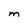
Character: M